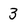
Character: 3